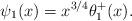
LaTeX: \begin{align*}\psi_1(x) = x^{3/4} \theta_1^+(x).\end{align*}